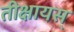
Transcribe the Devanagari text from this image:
तीक्षायस्